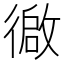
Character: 𫹢